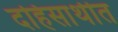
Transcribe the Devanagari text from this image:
दहिसाथीत